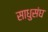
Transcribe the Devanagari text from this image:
साधुसंघ